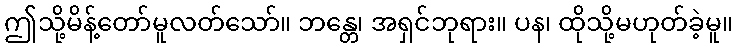
ဤသို့မိန့်တော်မူလတ်သော်။ ဘန္တေ၊ အရှင်ဘုရား။ ပန၊ ထိုသို့မဟုတ်ခဲ့မူ။